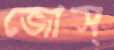
জোস্